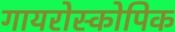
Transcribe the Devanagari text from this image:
गायरोस्कोपिक